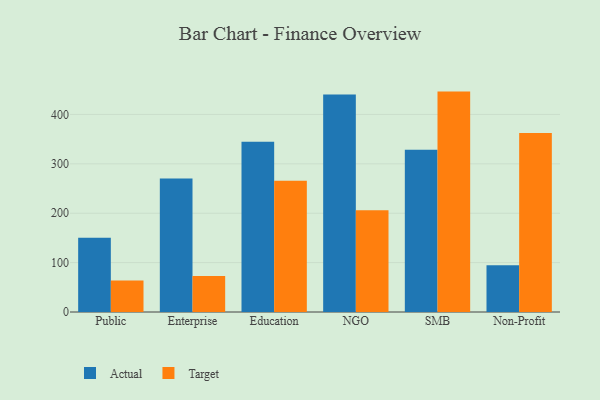
{"axis": {"x": "Segment", "y": "Gross Profit (USD K)"}, "legend": ["Actual", "Target"], "data": [{"x": "Public", "y": 150.3, "type": "Actual"}, {"x": "Public", "y": 63.9, "type": "Target"}, {"x": "Enterprise", "y": 270.2, "type": "Actual"}, {"x": "Enterprise", "y": 72.9, "type": "Target"}, {"x": "Education", "y": 344.7, "type": "Actual"}, {"x": "Education", "y": 265.7, "type": "Target"}, {"x": "NGO", "y": 440.5, "type": "Actual"}, {"x": "NGO", "y": 206.0, "type": "Target"}, {"x": "SMB", "y": 328.7, "type": "Actual"}, {"x": "SMB", "y": 446.3, "type": "Target"}, {"x": "Non-Profit", "y": 94.6, "type": "Actual"}, {"x": "Non-Profit", "y": 362.4, "type": "Target"}]}